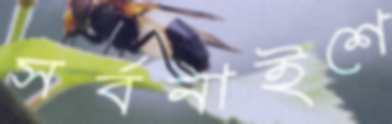
সর্বনাইশে